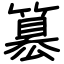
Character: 簒